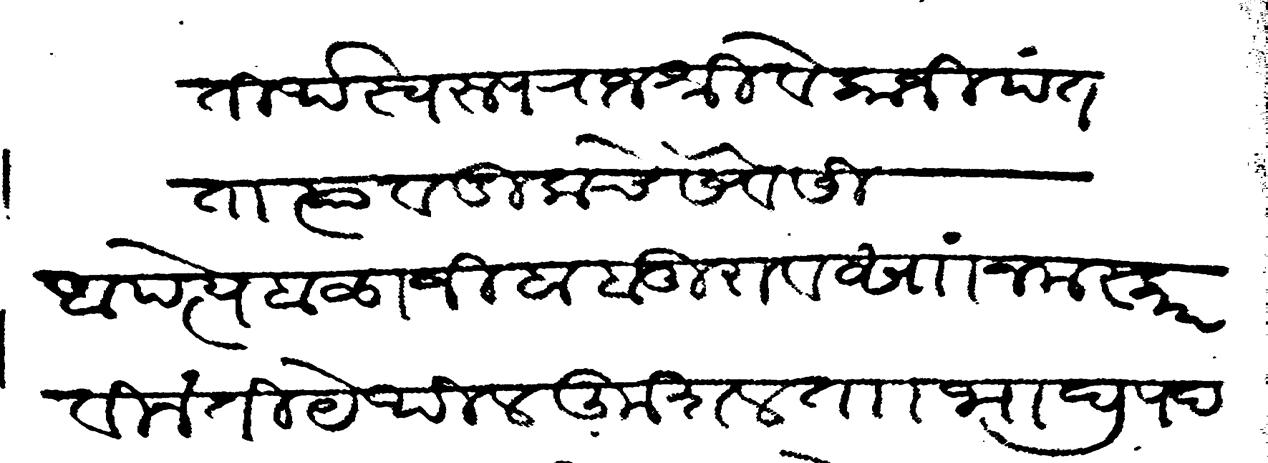
Transliteration (Devanagari): तीर्थस्वरूप राजश्री वेकाजी पंत तात्या वडिलाचे सेवेसी अपत्ये बाळाजी बाबूराव सां नमस्कार विनंती येथील कुशल ता भाद्रपद